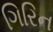
ગિરિન